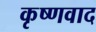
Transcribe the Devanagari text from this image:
कृष्णवाद